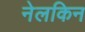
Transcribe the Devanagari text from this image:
नेलकिन